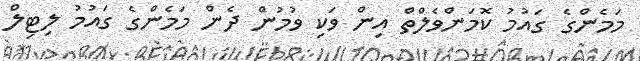
މަމެންގެ ގައުމު ކޮމަންވެލްތް އިން ވަކި ވުމުން ދެން މަމެންގެ ގައުމު ލިޓިލް